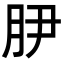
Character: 𭨭